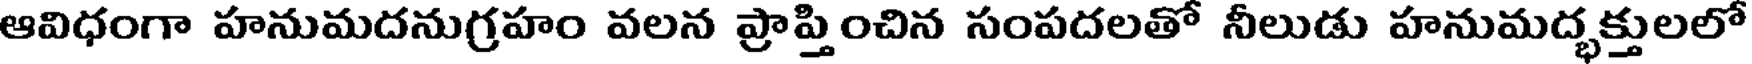
ఆవిధంగా హనుమదనుగ్రహం వలన ప్రాప్తించిన సంపదలతో నీలుడు హనుమద్భక్తులలో